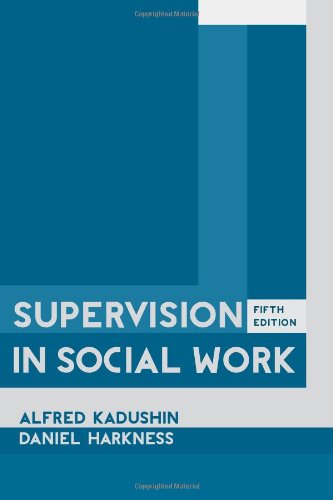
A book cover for Supervision in Social Work; Alfred Kadushin; Politics & Social Sciences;